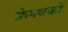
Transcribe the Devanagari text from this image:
फ्रेमवर्कों